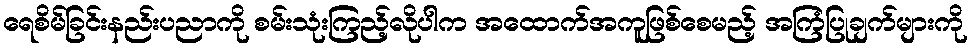
ရေစိမ်ခြင်းနည်းပညာကို စမ်းသုံးကြည့်လိုပါက အထောက်အကူဖြစ်စေမည့် အကြံပြုချက်များကို